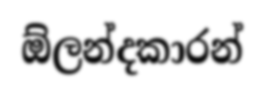
ඕලන්දකාරන්